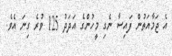
އެ ޖަމާއަތުން ފައިސާ ނެގި މީހުންގެ އަދަދު 125 ވުރެ ގިނަ އެވެ.